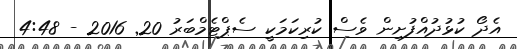
އެދޯ ކުޅުދުއްފުށިން ވެސް ކުރިކަމަކީ ސެޕްޓެމްބަރު 20